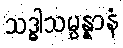
သဒ္ဓါသမ္ပန္နာနံ